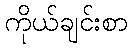
ကိုယ်ချင်းစာ